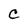
Character: C